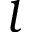
l